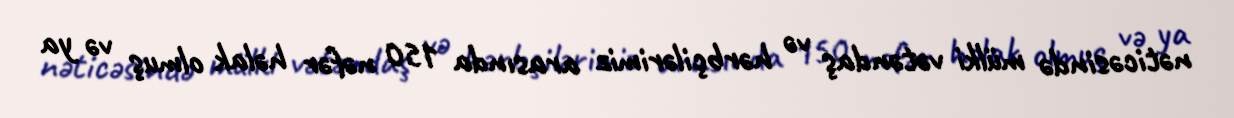
nəticəsində mülki vətəndaş və hərbçilərimiz arasında 150 nəfər həlak olmuş və ya